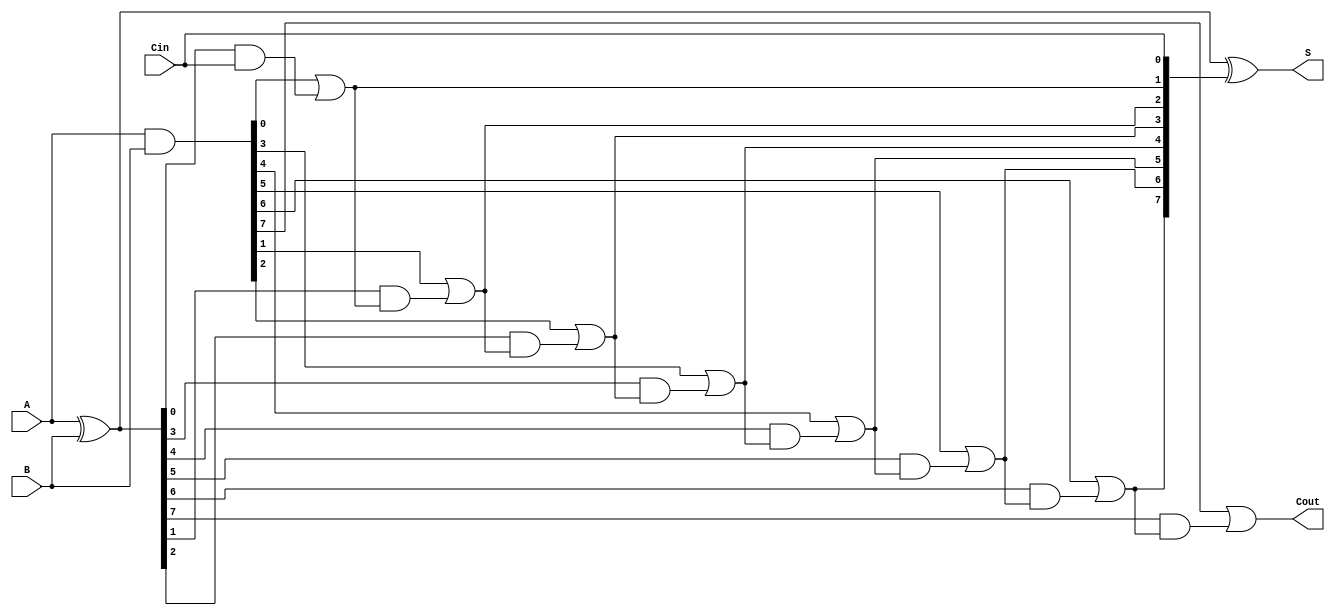
module brent_kung_adder #(parameter N = 8) (
    input  wire [N-1:0] A,        // First n-bit input
    input  wire [N-1:0] B,        // Second n-bit input
    input  wire Cin,               // Carry-in
    output wire [N-1:0] S,         // n-bit sum output
    output wire Cout               // Carry-out
);

    wire [N-1:0] G; // Generate signals
    wire [N-1:0] P; // Propagate signals
    wire [N:0] C;   // Carry signals

    // Generate and propagate signals
    assign G = A & B;     // Generate
    assign P = A ^ B;     // Propagate

    // Carry generation using Brent-Kung algorithm
    assign C[0] = Cin; // Initial carry input

    genvar i;
    generate
        // First level of carry computation
        for (i = 0; i < N; i = i + 1) begin: carry_gen
            if (i == 0) begin
                assign C[i + 1] = G[i] | (P[i] & C[i]);
            end else begin
                assign C[i + 1] = G[i] | (P[i] & C[i]);
            end
        end
    endgenerate

    // Sum computation
    assign S = P ^ C[N-1:0]; // Sum bits

    // Final carry-out
    assign Cout = C[N];

endmodule